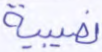
نصيبية